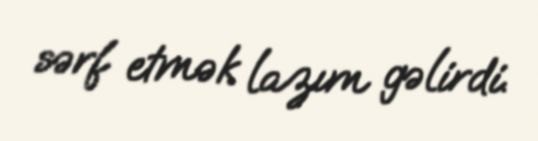
sərf etmək lazım gəlirdi.